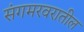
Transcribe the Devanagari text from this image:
संगमरवरातील